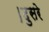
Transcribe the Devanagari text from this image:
।दुसरे